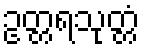
ဥတ္တရသုတ္တံ